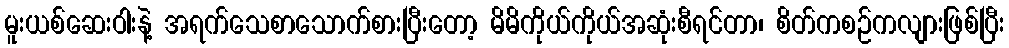
မူးယစ်ဆေးဝါးနဲ့ အရက်သေစာသောက်စားပြီးတော့ မိမိကိုယ်ကိုယ်အဆုံးစီရင်တာ၊ စိတ်ကစဉ်ကလျားဖြစ်ပြီး